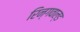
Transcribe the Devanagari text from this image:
रिन्गवाल्ड